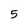
Character: 5